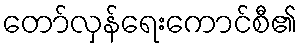
တော်လှန်ရေးကောင်စီ၏